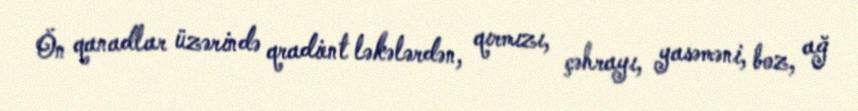
Ön qanadlar üzərində qradient ləkələrdən, qırmızı, çəhrayı, yasəməni, boz, ağ